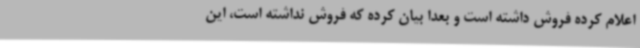
اعلام کرده فروش داشته است و بعداً بیان کرده که فروش نداشته است، این